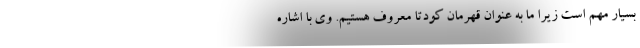
بسیار مهم است زیرا ما به عنوان قهرمان کودتا معروف هستیم. وی با اشاره